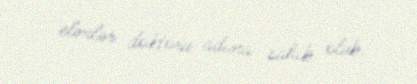
elmlər doktoru adına sahib olub.